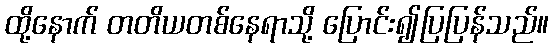
ထို့နောက် တတိယတစ်နေရာသို့ ပြောင်း၍ပြပြန်သည်။